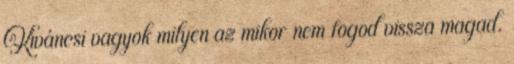
Kíváncsi vagyok milyen az mikor nem fogod vissza magad.